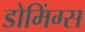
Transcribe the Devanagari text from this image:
डोमिंग्स